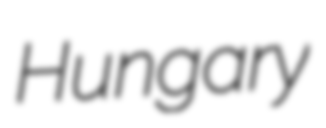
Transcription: Hungary